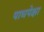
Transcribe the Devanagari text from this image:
पाचपेक्षा